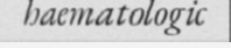
haematologic